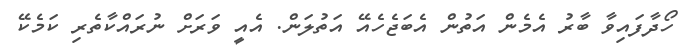
ހޯދާފައިވާ ބާރު އެމެން އަތުން އެބަޖެހެއޭ އަތުލަން. އެއީ ވަރަށް ނުރައްކާތެރި ކަމެކޭ